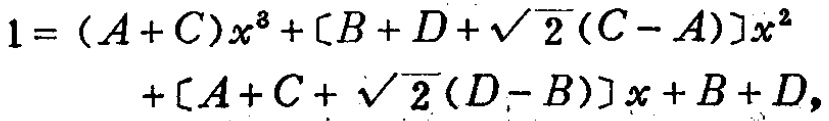
\[
\begin{align*}
1 =& (A + C)x^{3}+[B + D+\sqrt{2}(C - A)]x^{2}\\
&+[A + C+\sqrt{2}(D - B)]x + B + D,
\end{align*}
\]